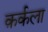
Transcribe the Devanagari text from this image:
क़र्कला